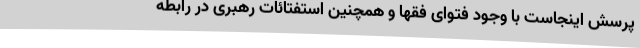
پرسش اینجاست با وجود فتوای فقها و همچنین استفتائات رهبری در رابطه